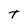
Character: T